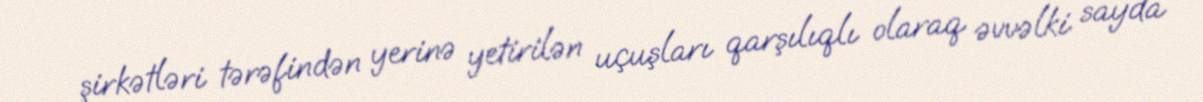
şirkətləri tərəfindən yerinə yetirilən uçuşları qarşılıqlı olaraq əvvəlki sayda